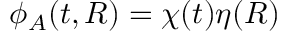
\phi _ { A } ( t , R ) = \chi ( t ) \eta ( R )